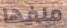
ملفها